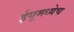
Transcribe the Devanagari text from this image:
ईयूमध्येच